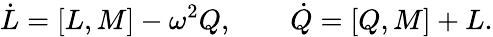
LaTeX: \dot{L}=[L,M]-\omega^{2}Q,\qquad\dot{Q}=[Q,M]+L.